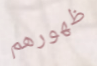
ظهورهم